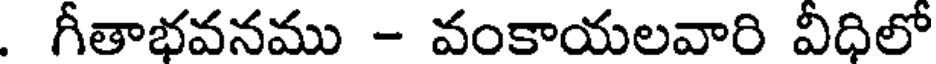
. గీతాభవనము - వంకాయలవారి వీధిలో